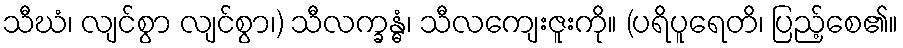
သီဃံ၊ လျင်စွာ လျင်စွာ၊) သီလက္ခန္ဓံ၊ သီလကျေးဇူးကို။ (ပရိပူရေတိ၊ ပြည့်စေ၏။